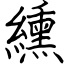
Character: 纁